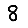
Digit: 8